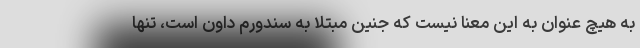
به هیچ عنوان به این معنا نیست که جنین مبتلا به سندورم داون است، تنها